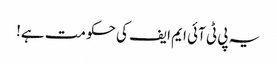
یہ پی ٹی آئی ایم ایف کی حکومت ہے!